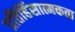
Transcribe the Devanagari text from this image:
प्रतिहिंसात्मकता